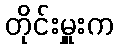
တိုင်းမှူးက